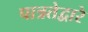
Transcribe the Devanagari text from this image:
पात्रतेद्वारे